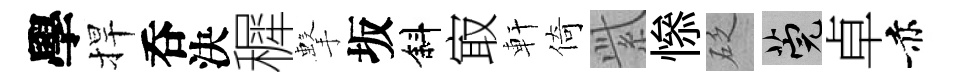
學捍呑決穉擊坂斜㝡軒倚𬗋𢡖砭筦卓赤